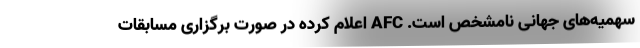
سهمیه‌های جهانی نامشخص است. AFC اعلام کرده در صورت برگزاری مسابقات